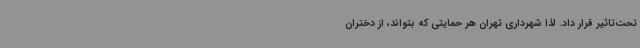
تحت‌تاثیر قرار داد. لذا شهرداری تهران هر حمایتی که بتواند، از دختران